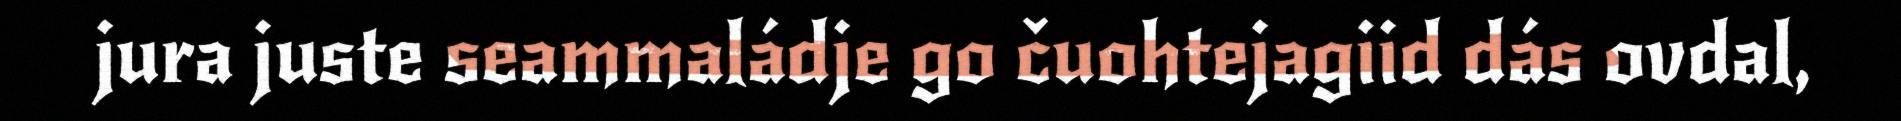
jura juste seammaládje go čuohtejagiid dás ovdal,